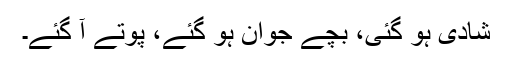
شادی ہو گئی، بچے جوان ہو گئے، پوتے آ گئے۔